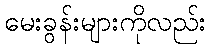
မေးခွန်းများကိုလည်း